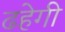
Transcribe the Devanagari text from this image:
ढहेगी